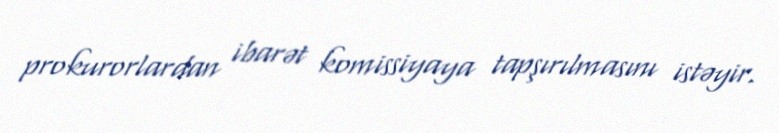
prokurorlardan ibarət komissiyaya tapşırılmasını istəyir.